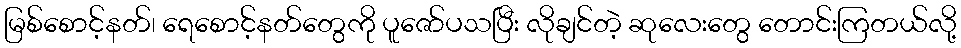
မြစ်စောင့်နတ်၊ ရေစောင့်နတ်တွေကို ပူဇော်ပသပြီး လိုချင်တဲ့ ဆုလေးတွေ တောင်းကြတယ်လို့